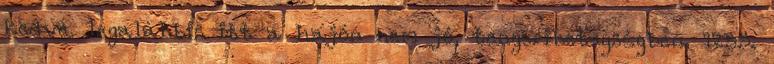
kedve. legalábbis itt a hajón nem jó, tengeribetegségben. 1255.